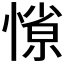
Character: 𭞜